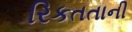
રિકતતાની